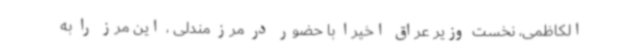
الکاظمی، نخست وزیر عراق اخیرا با حضور در مرز مندلی ، این مرز را به